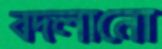
বদলানো